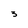
Character: 3